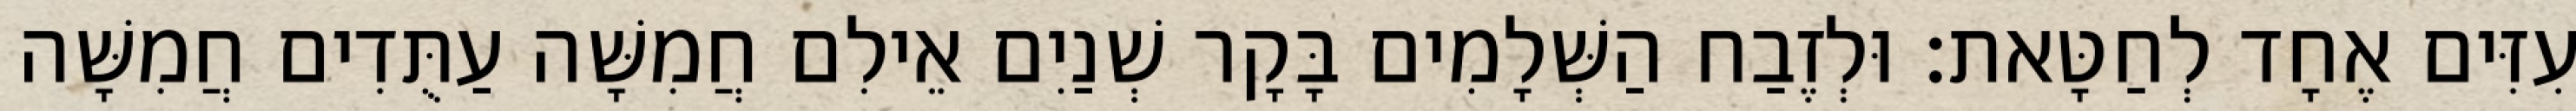
עִזִּים אֶחָד לְחַטָּאת׃ וּלְזֶבַח הַשְּׁלָמִים בָּקָר שְׁנַיִם אֵילִם חֲמִשָּׁה עַתֻּדִים חֲמִשָּׁה